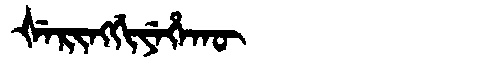
Manchu: ᡧᡝᡵᡳᠩᡤᡳᠶᡝᡥᠠᡴᡡ
Romanization: ŠERINGGIYEHAKŪ